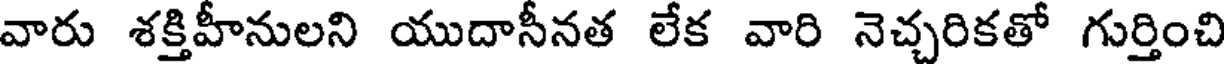
వారు శక్తిహీనులని యుదాసీనత లేక వారి నెచ్చరికతో గుర్తించి